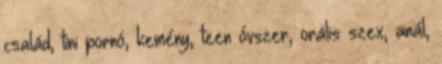
család, tini pornó, kemény, teen óvszer, orális szex, anál,